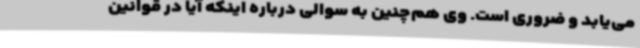
می‌یابد و ضروری است. وی هم‌چنین به سوالی درباره اینکه آیا در قوانین